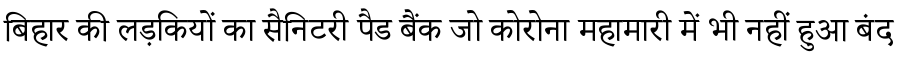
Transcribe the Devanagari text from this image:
बिहार की लड़कियों का सैनिटरी पैड बैंक जो कोरोना महामारी में भी नहीं हुआ बंद